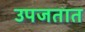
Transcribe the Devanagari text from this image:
उपजतात